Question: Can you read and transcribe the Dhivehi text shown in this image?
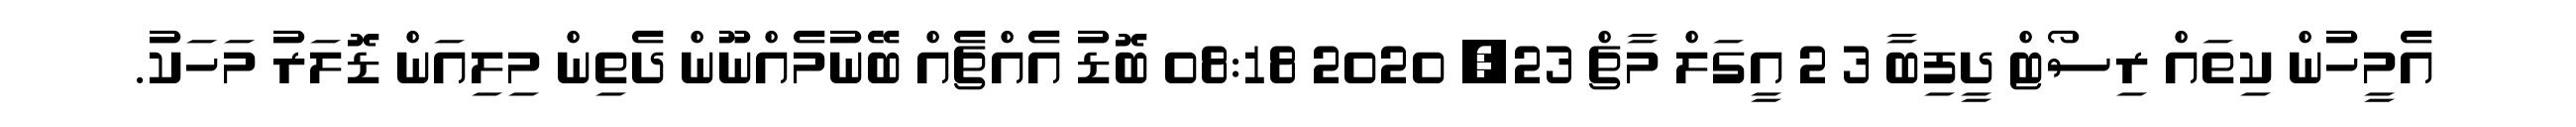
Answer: އެމީހުން ކިތައް ރިސޯޓް ދީފިބާ 3 2 އީގަލް މާޗް 23, 2020 08:18 ބޮޑު އެއްޗެއް ބޭނުމެއްނޫން ދެތިން މިލިއަން ޑޮލަރު މަހަކު.